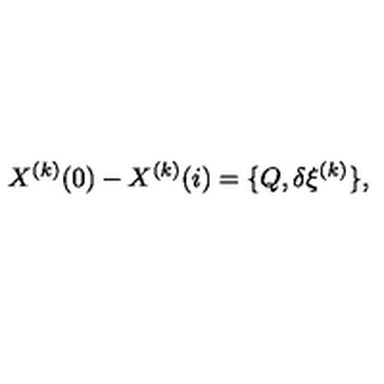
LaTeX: X ^ { ( k ) } ( 0 ) - X ^ { ( k ) } ( i ) = \{ Q , \delta \xi ^ { ( k ) } \} ,